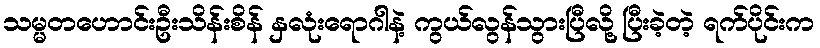
သမ္မတဟောင်းဦးသိန်းစိန် နှလုံးရောဂါနဲ့ ကွယ်လွန်သွားပြီလို့ ပြီးခဲ့တဲ့ ရက်ပိုင်းက